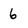
Character: 6